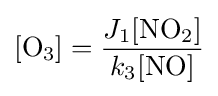
[{\ce {O3}}]={\frac {J_{1}[{\ce {NO2}}]}{k_{3}[{\ce {NO}}]}}